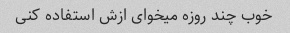
خوب چند روزه میخوای ازش استفاده کنی